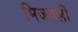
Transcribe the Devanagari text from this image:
भिजवली